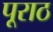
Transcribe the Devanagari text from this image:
पूराठ